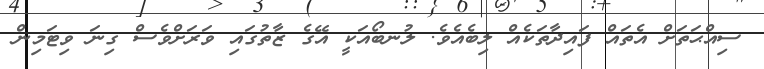
ސިއްޙަތަށް އެތައް ފައިދާތަކެއް ލިބެއެވެ. ލުނބޯއަކީ އޭގެ ޒާތުގައި ވަރަށްވެސް ގިނަ ވިޓަމިން